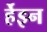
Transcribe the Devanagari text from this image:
र्हेइन